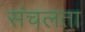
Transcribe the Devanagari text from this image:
संचलता